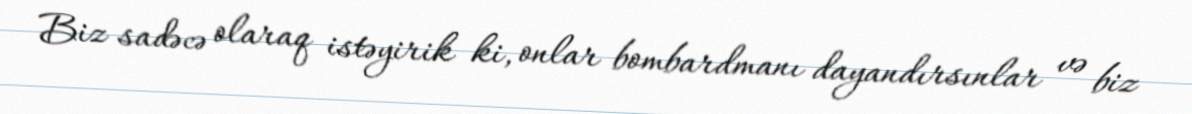
Biz sadəcə olaraq istəyirik ki, onlar bombardmanı dayandırsınlar və biz